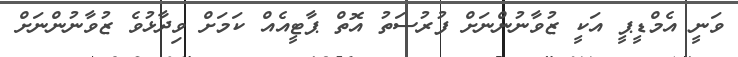
ވަނީ އެމްޑީޕީ އަކީ ޒުވާނުންނަށް ފުރުސަތު އޮތް ޕާޓީއެއް ކަމަށް ވިދާޅުވެ ޒުވާނުންނަށް